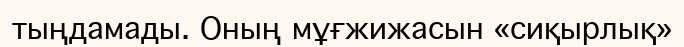
тыңдамады. Оның мұғжижасын «сиқырлық»